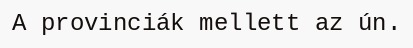
A provinciák mellett az ún.